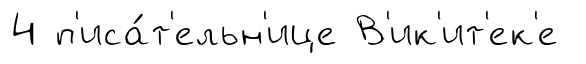
4 п'иса́т'ельн'ице В'ик'ит'ек'е